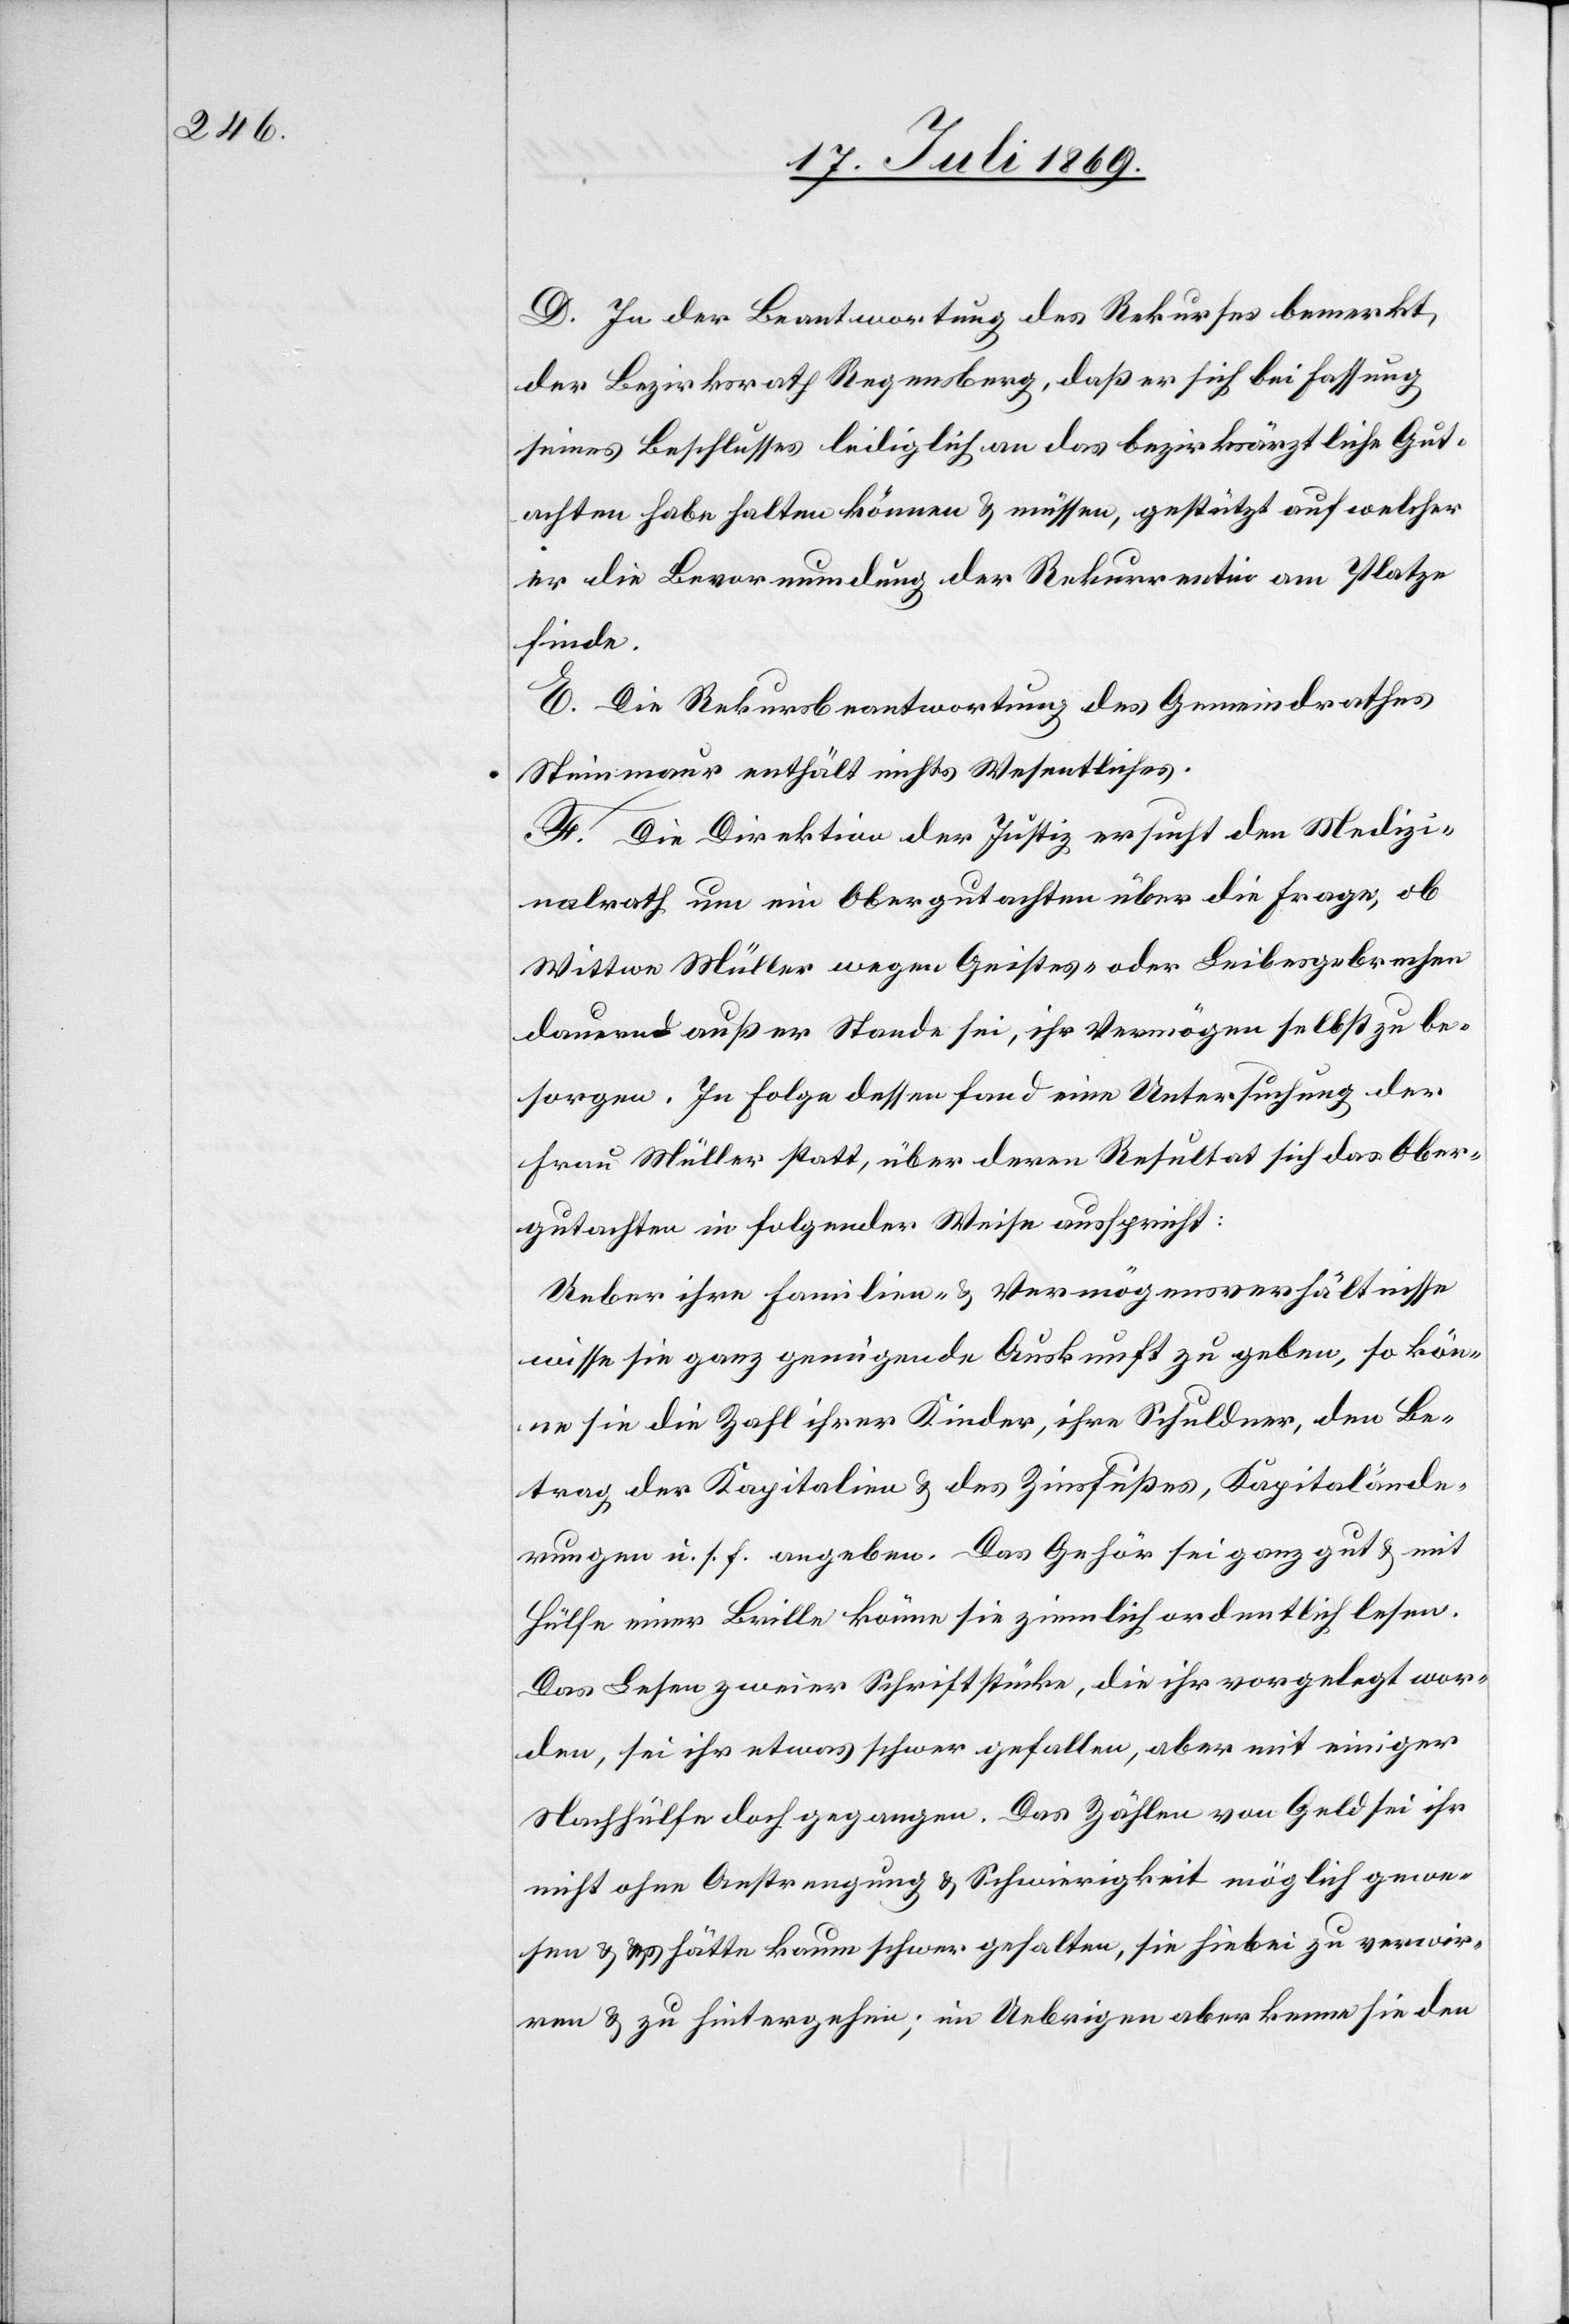
D. In der Beantwortung des Rekurses bemerkt,
der Bezirksrath Regensberg, daß er sich bei Fassung
seines Beschlusses lediglich an das bezirksärztliche Gut¬
achten habe halten können u. müssen, gestützt auf welcher
er die Bevormundung der Rekurrentin am Platze
finde.
E. Die Rekursbeantwortung des Gemeindrathes
Steinmaur enthält nichts Wesentliches.
F. Die Direktion der Justiz ersucht den Medizi¬
nalrath um ein Obergutachten über die Frage, ob
Wittwe Müller wegen Geistes- oder Leibesgebrechen
dauernd außer Stande sei, ihr Vermögen selbst zu be¬
sorgen. In Folge dessen fand eine Untersuchung der
Frau Müller statt, über deren Resultat sich das Ober¬
gutachten in folgender Weise ausspricht:
Ueber ihre Familien- u. Vermögensverhältnisse
wisse sie ganz genügende Auskunft zu geben, so kön¬
ne sie die Zahl ihrer Kinder, ihre Schuldner, den Be¬
trag der Kapitalien u. des Zinsfußes, Kapitalände¬
rungen u. s. f. angeben. Das Gehör sei ganz gut u. mit
Hülfe einer Brille könne sie ziemlich ordentlich lesen.
Das Lesen zweier Schriftstücke, die ihr vorgelegt wor¬
den, sei ihr etwas schwer gefallen, aber mit einiger
Nachhülfe doch gegangen. Das Zählen von Geld sei ihr
nicht ohne Anstrengung u. Schwierigkeit möglich gewe¬
sen u. es hätte kaum schwer gehalten, sie hiebei zu verwir¬
ren u. zu hintergehen; im Uebrigen aber kenne sie den